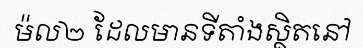
ម៉ល២ ដែលមានទីតាំងស្ថិតនៅ